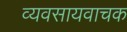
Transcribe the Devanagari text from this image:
व्यवसायवाचक